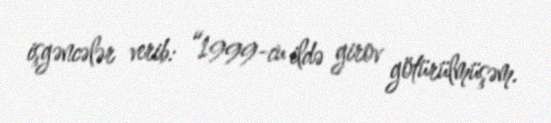
işgəncələr verib: “1999-cu ildə girov götürülmüşəm.